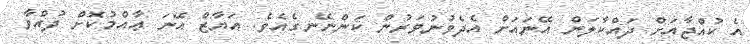
އެ ކުއްޖާއަށް ދައްކާލަން އޭނައަށް އެދެވުނުވަރުން ކަންނޭނގެއެވެ. އަޔާޒް އޭނަ ޢާއްމުކޮށް ދުއްވާ